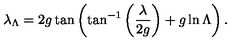
\lambda _ { \Lambda } = 2 g \tan \left( \tan ^ { - 1 } \left( { \frac { \lambda } { 2 g } } \right) + g \ln \Lambda \right) .